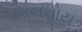
પલનોય